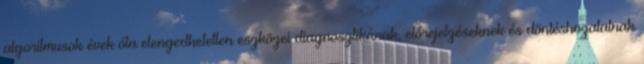
algoritmusok évek óta elengedhetetlen eszközei diagnosztikának, előrejelzéseknek és döntéshozatalnak